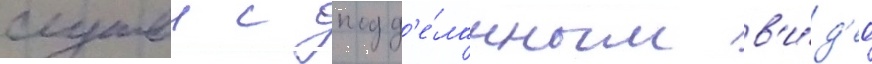
случаи с подд'е́ланным в'и́д'ео